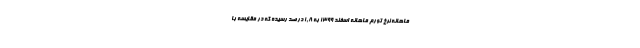
ماهانه نرخ تورم ماهانه اسفند ١٣٩٩ به ١,٨ درصد رسیده که در مقایسه با